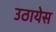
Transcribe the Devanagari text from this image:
उठायेस